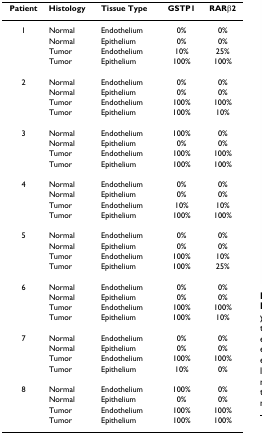
| Patient | Histology | Tissue Type | GSTP1 | RARβ2 |
 | --- | --- | --- | --- | --- |
 | 1 | Normal | Endothelium | 0% | 0% |
 |  | Normal | Epithelium | 0% | 0% |
 |  | Tumor | Endothelium | 10% | 25% |
 |  | Tumor | Epithelium | 100% | 100% |
 | 2 | Normal | Endothelium | 0% | 0% |
 |  | Normal | Epithelium | 0% | 0% |
 |  | Tumor | Endothelium | 100% | 100% |
 |  | Tumor | Epithelium | 100% | 10% |
 | 3 | Normal | Endothelium | 100% | 0% |
 |  | Normal | Epithelium | 0% | 0% |
 |  | Tumor | Endothelium | 100% | 100% |
 |  | Tumor | Epithelium | 100% | 100% |
 | 4 | Normal | Endothelium | 0% | 0% |
 |  | Normal | Epithelium | 0% | 0% |
 |  | Tumor | Endothelium | 10% | 10% |
 |  | Tumor | Epithelium | 100% | 100% |
 | 5 | Normal | Endothelium | 0% | 0% |
 |  | Normal | Epithelium | 0% | 0% |
 |  | Tumor | Endothelium | 100% | 10% |
 |  | Tumor | Epithelium | 100% | 25% |
 | 6 | Normal | Endothelium | 0% | 0% |
 |  | Normal | Epithelium | 0% | 0% |
 |  | Tumor | Endothelium | 100% | 100% |
 |  | Tumor | Epithelium | 100% | 10% |
 | 7 | Normal | Endothelium | 0% | 0% |
 |  | Normal | Epithelium | 0% | 0% |
 |  | Tumor | Endothelium | 100% | 100% |
 |  | Tumor | Epithelium | 10% | 0% |
 | 8 | Normal | Endothelium | 100% | 0% |
 |  | Normal | Epithelium | 0% | 0% |
 |  | Tumor | Endothelium | 100% | 100% |
 |  | Tumor | Epithelium | 100% | 100% |